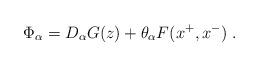
LaTeX: \begin{align*}\Phi_\alpha = D_\alpha G (z) + \theta_\alpha F(x^+, x^-)\;.\end{align*}